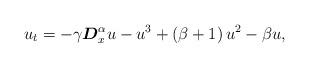
LaTeX: \begin{align*}u_{t}=-\gamma\boldsymbol{D}_{x}^{\alpha}u-u^{3}+\left( \beta+1\right)u^{2}-\beta u, \end{align*}